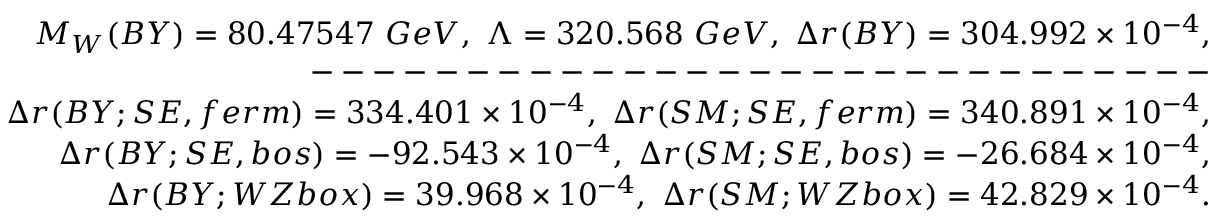
\begin{array} { r l r } & { } & { M _ { W } ( B Y ) = 8 0 . 4 7 5 4 7 \ G e V , \ \Lambda = 3 2 0 . 5 6 8 \ G e V , \ \Delta r ( B Y ) = 3 0 4 . 9 9 2 \times 1 0 ^ { - 4 } , } \\ & { } & { --- --- --- --- --- --- --- --- --- -- } \\ & { } & { \Delta r ( B Y ; S E , f e r m ) = 3 3 4 . 4 0 1 \times 1 0 ^ { - 4 } , \ \Delta r ( S M ; S E , f e r m ) = 3 4 0 . 8 9 1 \times 1 0 ^ { - 4 } , } \\ & { } & { \Delta r ( B Y ; S E , b o s ) = - 9 2 . 5 4 3 \times 1 0 ^ { - 4 } , \ \Delta r ( S M ; S E , b o s ) = - 2 6 . 6 8 4 \times 1 0 ^ { - 4 } , } \\ & { } & { \Delta r ( B Y ; W Z b o x ) = 3 9 . 9 6 8 \times 1 0 ^ { - 4 } , \ \Delta r ( S M ; W Z b o x ) = 4 2 . 8 2 9 \times 1 0 ^ { - 4 } . } \end{array}